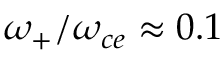
\omega _ { + } / \omega _ { c e } \approx 0 . 1